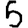
Digit: 5